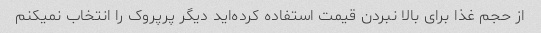
از حجم غذا برای بالا نبردن قیمت استفاده کرده‌اید دیگر پرپروک را انتخاب نمیکنم